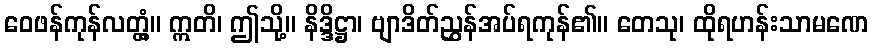
ဝေဖန်ကုန်လတ္တံ့။ ဣတိ၊ ဤသို့။ နိဒ္ဒိဋ္ဌာ၊ ဗျာဒိတ်ညွှန်အပ်ရကုန်၏။ တေသု၊ ထိုရဟန်းသာမဏေ